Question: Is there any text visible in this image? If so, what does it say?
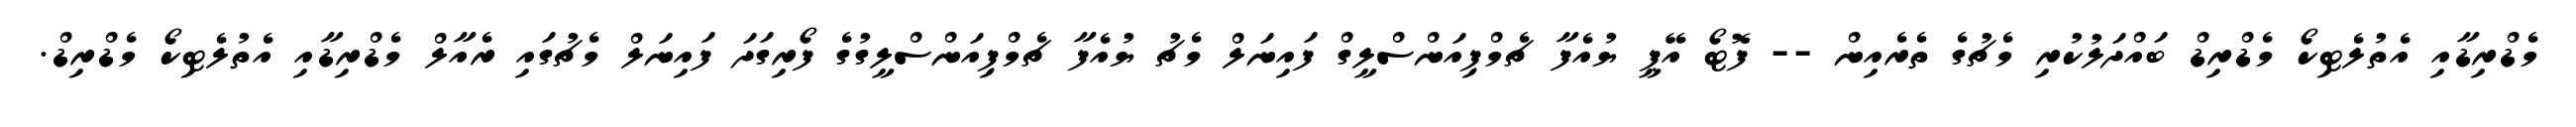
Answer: މެޑްރިޑާއި އެތުލެޓިކޯ މެޑްރިޑް ބައްދަލުކުރި މެޗުގެ ތެރެއިން -- ފޮޓޯ އޭޕީ ޔުއެފާ ޗެމްޕިއަންސްލީގް ފައިނަލް މެޗު ޔުއެފާ ޗެމްޕިއަންސްލީގުގެ ފޯރިގަދަ ފައިނަލް މެޗުގައި ރެއާލް މެޑްރިޑާއި އެތުލެޓިކޯ މެޑްރިޑް.